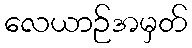
လေယာဉ်အမှတ်